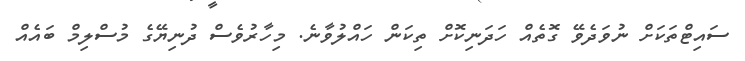
ސައިޓްތަކަށް ނުވަދެވޭ ގޮތެއް ހަދަނިކޮށް ތިކަން ހައްލުވާނެ. މިހާރުވެސް ދުނިޔޭގެ މުސްލިމް ބައެއް